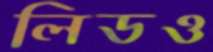
লিডও